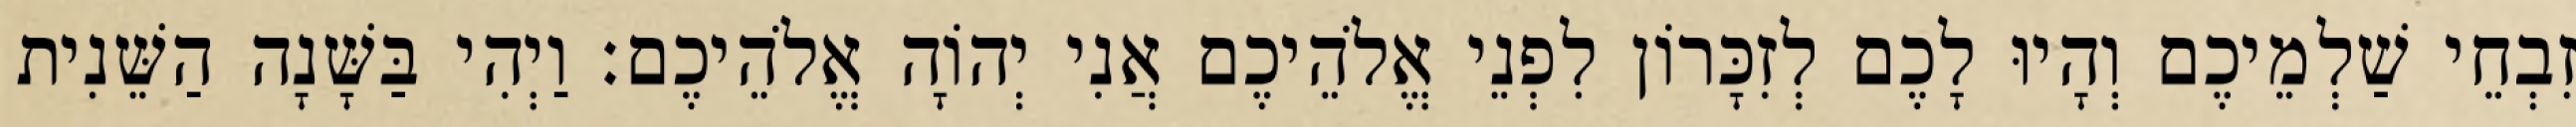
זִבְחֵי שַׁלְמֵיכֶם וְהָיוּ לָכֶם לְזִכָּרוֹן לִפְנֵי אֱלֹהֵיכֶם אֲנִי יְהוָֹה אֱלֹהֵיכֶם׃ וַיְהִי בַּשָּׁנָה הַשֵּׁנִית